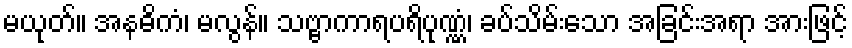
မယုတ်။ အနဓိကံ၊ မလွန်။ သဗ္ဗာကာရပရိပုဏ္ဏံ၊ ခပ်သိမ်းသော အခြင်းအရာ အားဖြင့်